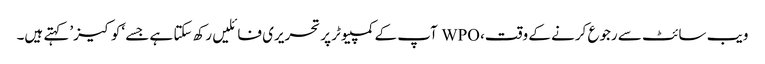
ویب سائٹ سے رجوع کرنے کے وقت، WPO آپ کے کمپیوٹر پر تحریری فائلیں رکھ سکتا ہے جسے ‘کوکیز’ کہتے ہیں۔